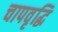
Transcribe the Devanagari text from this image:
चापवृद्धि